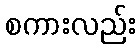
စကားလည်း